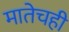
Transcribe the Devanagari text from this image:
मातेचही